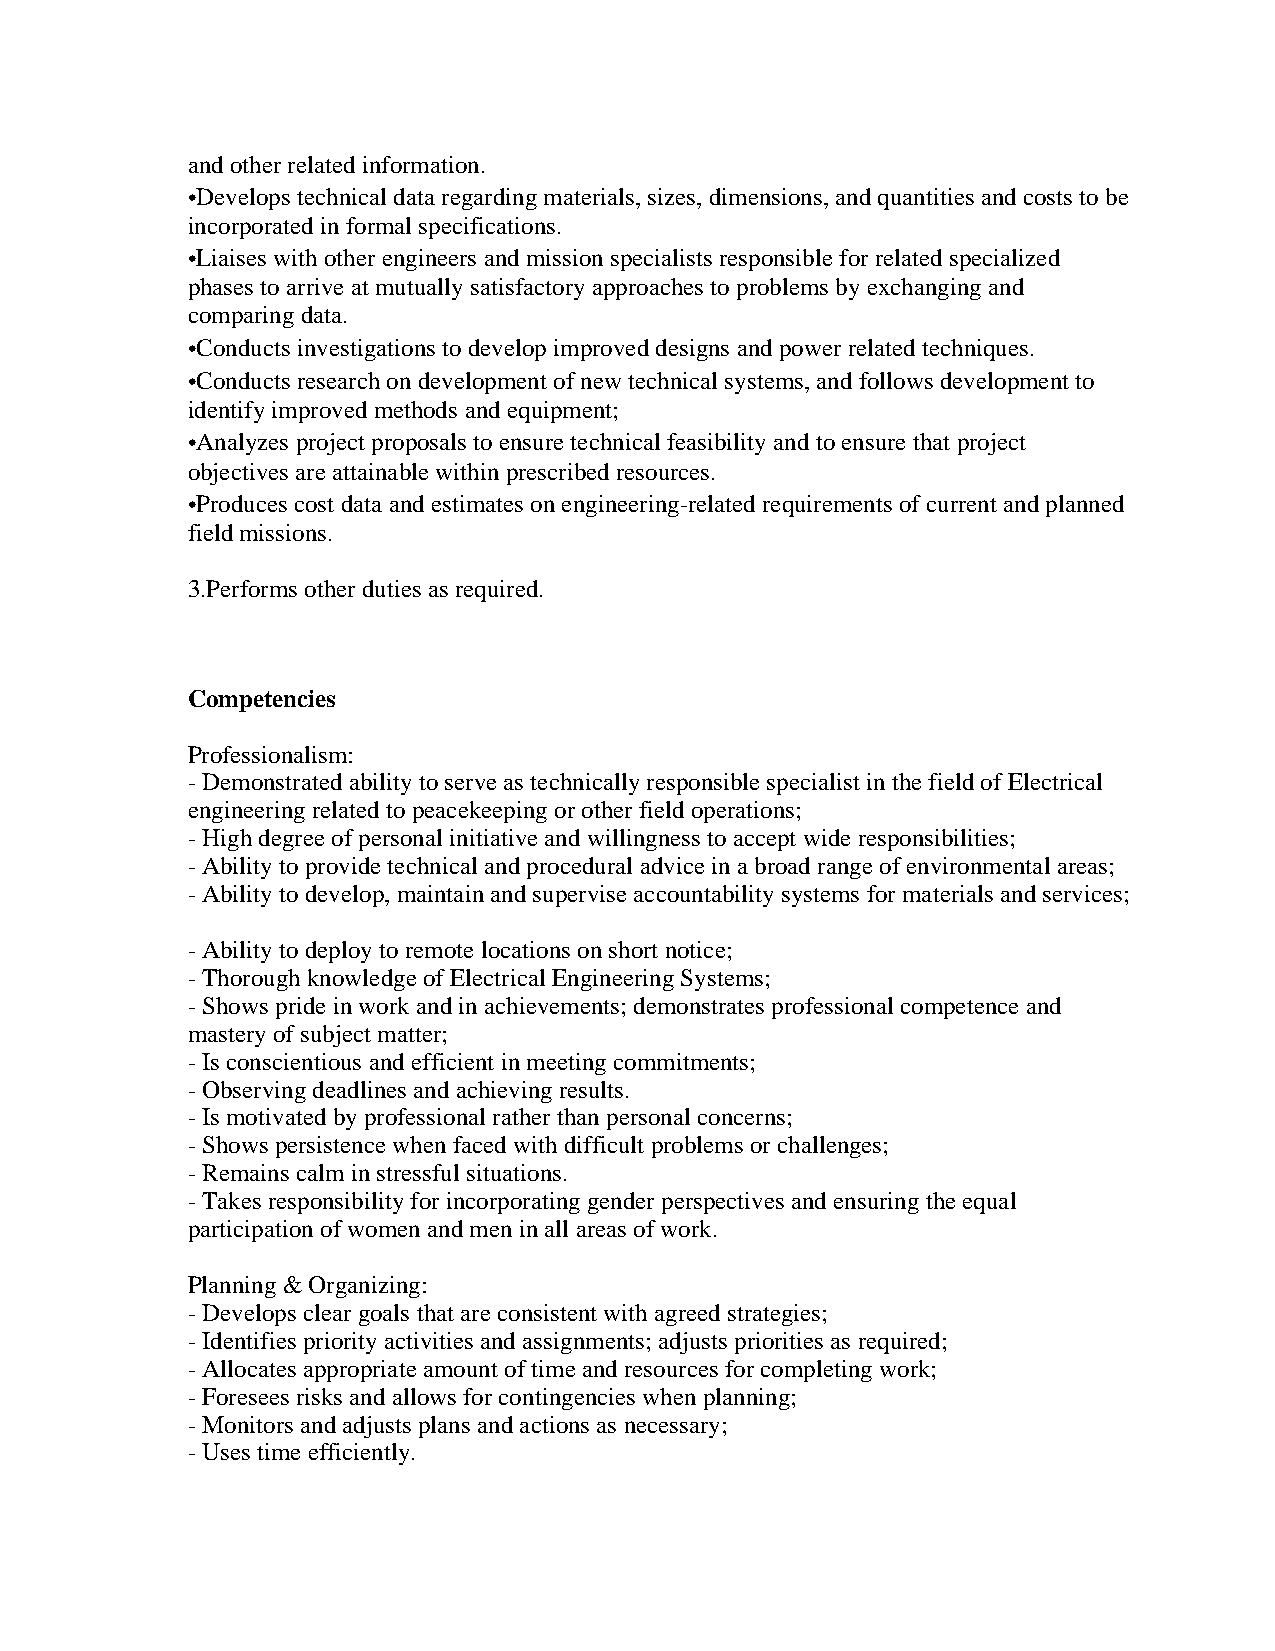
and other related information.
 •Develops technical data regarding materials, sizes, dimensions, and quantities and costs to be
 incorporated in formal specifications.
 •Liaises with other engineers and mission specialists responsible for related specialized
 phases to arrive at mutually satisfactory approaches to problems by exchanging and
 comparing data.
 •Conducts investigations to develop improved designs and power related techniques.
 •Conducts research on development of new technical systems, and follows development to
 identify improved methods and equipment;
 •Analyzes project proposals to ensure technical feasibility and to ensure that project
 objectives are attainable within prescribed resources.
 •Produces cost data and estimates on engineering-related requirements of current and planned
 field missions.
 3.Performs other duties as required.
 Competencies
 Professionalism:
 - Demonstrated ability to serve as technically responsible specialist in the field of Electrical
 engineering related to peacekeeping or other field operations;
 - High degree of personal initiative and willingness to accept wide responsibilities;
 - Ability to provide technical and procedural advice in a broad range of environmental areas;
 - Ability to develop, maintain and supervise accountability systems for materials and services;
 - Ability to deploy to remote locations on short notice;
 - Thorough knowledge of Electrical Engineering Systems;
 - Shows pride in work and in achievements; demonstrates professional competence and
 mastery of subject matter;
 - Is conscientious and efficient in meeting commitments;
 - Observing deadlines and achieving results.
 - Is motivated by professional rather than personal concerns;
 - Shows persistence when faced with difficult problems or challenges;
 - Remains calm in stressful situations.
 - Takes responsibility for incorporating gender perspectives and ensuring the equal
 participation of women and men in all areas of work.
 Planning & Organizing:
 - Develops clear goals that are consistent with agreed strategies;
 - Identifies priority activities and assignments; adjusts priorities as required;
 - Allocates appropriate amount of time and resources for completing work;
 - Foresees risks and allows for contingencies when planning;
 - Monitors and adjusts plans and actions as necessary;
 - Uses time efficiently.